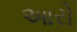
આરો